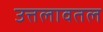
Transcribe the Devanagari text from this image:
उत्तलावतल